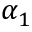
\alpha _ { 1 }